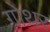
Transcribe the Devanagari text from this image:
गोथर